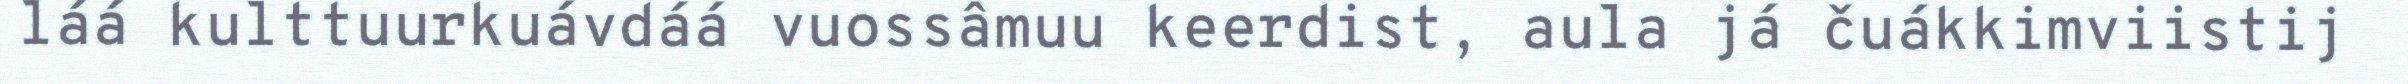
láá kulttuurkuávdáá vuossâmuu keerdist, aula já čuákkimviistij